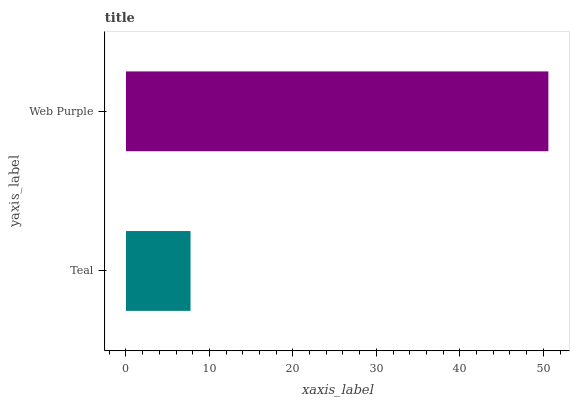
| yaxis_label | bars |
 | --- | --- |
 | Teal | 7.74 |
 | Web Purple | 50.6 |